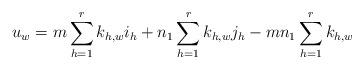
LaTeX: \begin{gather*}u_w=m\sum_{h=1}^r k_{h,w}i_h+n_1\sum_{h=1}^r k_{h,w}j_h-mn_1\sum_{h=1}^r k_{h,w}\end{gather*}